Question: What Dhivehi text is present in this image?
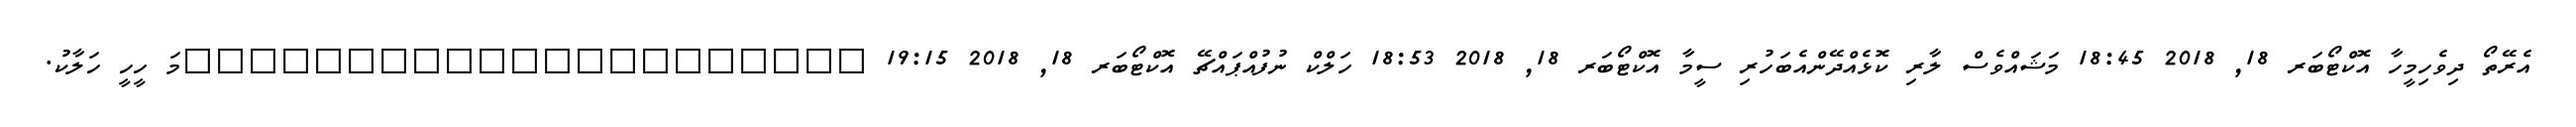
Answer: އެރޭތޯ ދިވެހިމީހާ އޮކްޓޯބަރ 18, 2018 18:45 މަޝައްވެސް ލާރި ކޮޅެއްދޭންއެބަހުރި ސީމާ އޮކްޓޯބަރ 18, 2018 18:53 ހަލްކް ނުފުއްޕައްޗޭ އޮކްޓޯބަރ 18, 2018 19:15 ?????????????????????މަ ހީހީ ހަލާކު.